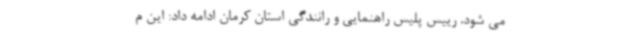
می شود. رییس پلیس راهنمایی و رانندگی استان کرمان ادامه داد: این م